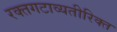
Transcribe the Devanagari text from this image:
रक्तगटाव्यतीरिक्त